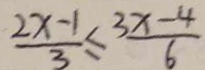
\frac { 2 x - 1 } { 3 } \leq \frac { 3 x - 4 } { 6 }